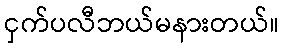
ငှက်ပလီဘယ်မနားတယ်။